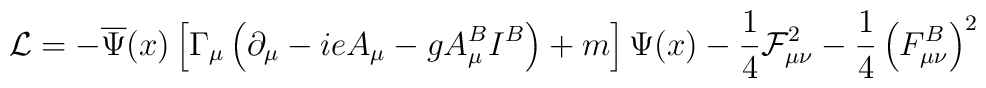
\mathcal{L}=-\overline{\Psi }(x)\left[ \Gamma _\mu \left( \partial _\mu-ieA_\mu -gA_\mu ^BI^B\right) +m\right] \Psi (x)-\frac 14\mathcal{F}_{\mu\nu }^2-\frac 14\left( F_{\mu \nu }^B\right) ^2